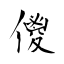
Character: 儍